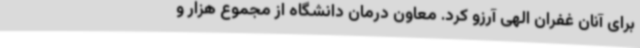
برای آنان غفران الهی آرزو کرد. معاون درمان دانشگاه از مجموع هزار و